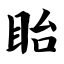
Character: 眙